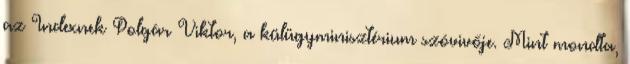
az Indexnek Polgár Viktor, a külügyminisztérium szóvivője. Mint mondta,